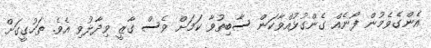
އެންގެވެމުން ފޯނެއް ގެންގުޅުއްވާކަން ސާބިތުވާ ކަމަށް ވެސް ގާޒީ ވިދާޅުވި އެވެ. ތަހުގީގަށް